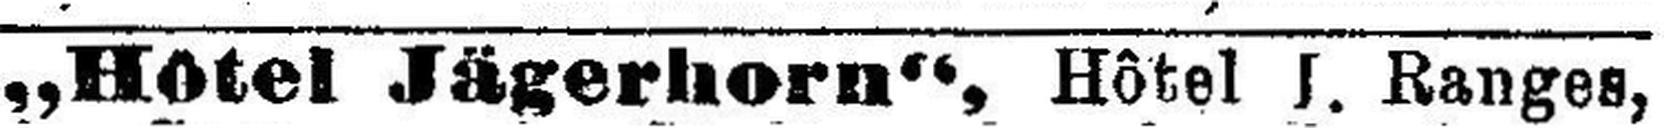
„Hôtel Jägerhorn“, Hôtel I. Ranges,